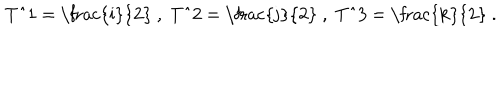
\mathrm { ~ T ^ { 1 } ~ = ~ \frac { i } { 2 } ~ } , \mathrm { ~ T ^ { 2 } ~ = ~ \frac { j } { 2 } ~ } , \mathrm { ~ T ^ { 3 } ~ = ~ \frac { k } { 2 } ~ } .